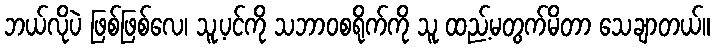
ဘယ်လိုပဲ ဖြစ်ဖြစ်လေ၊ သူ့ပင်ကို သဘာဝစရိုက်ကို သူ ထည့်မတွက်မိတာ သေချာတယ်။